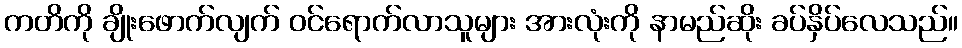
ကတိကို ချိုးဖောက်လျက် ဝင်ရောက်လာသူများ အားလုံးကို နာမည်ဆိုး ခပ်နှိပ်လေသည်။